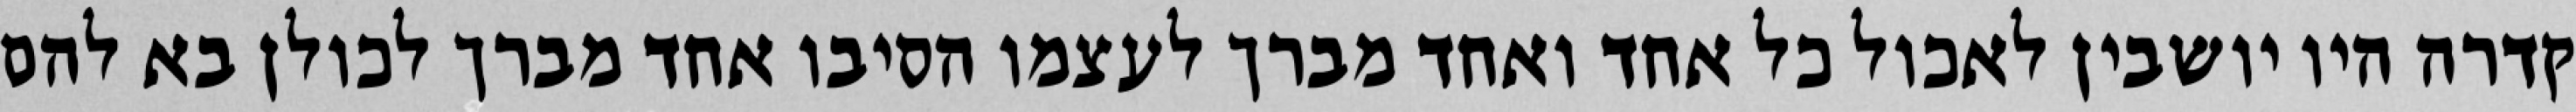
קדרה היו יושבין לאכול כל אחד ואחד מברך לעצמו הסיבו אחד מברך לכולן בא להם